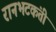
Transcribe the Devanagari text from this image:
रानभटकंती